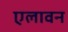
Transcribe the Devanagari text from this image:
एलावन